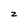
Character: z